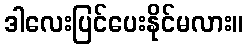
ဒါလေးပြင်ပေးနိုင်မလား။